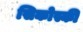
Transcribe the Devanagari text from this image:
सिकोस्की